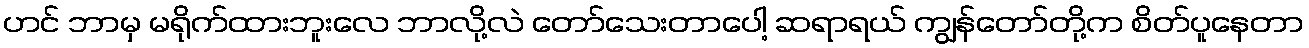
ဟင် ဘာမှ မရိုက်ထားဘူးလေ ဘာလို့လဲ တော်သေးတာပေါ့ ဆရာရယ် ကျွန်တော်တို့က စိတ်ပူနေတာ